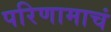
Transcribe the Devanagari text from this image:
परिणामाचं